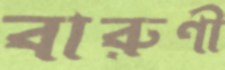
বারুণী